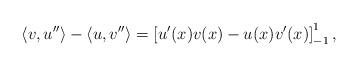
LaTeX: \begin{align*}\langle v,u''\rangle -\langle u,v''\rangle = \left[u'(x)v(x) -u(x)v'(x) \right]_{-1}^1,\end{align*}